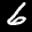
Label: 6